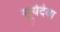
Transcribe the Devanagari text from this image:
सूर्यदेवा